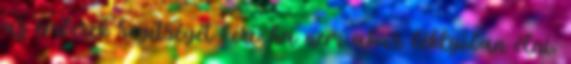
az emberek segítségét kéri: ha nem akar béklyóban élni,